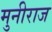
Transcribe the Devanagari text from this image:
मुनीराज